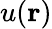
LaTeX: u(\mathbf{r})